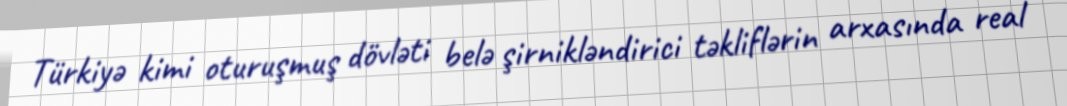
Türkiyə kimi oturuşmuş dövləti belə şirnikləndirici təkliflərin arxasında real